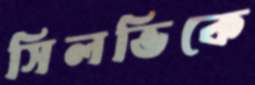
সিলভিকে